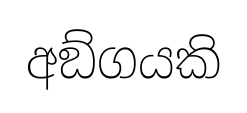
අඞ්ගයකි